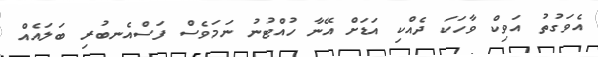
އެވަގުތު އަވިކް ވާހަކަ ދެއްކި އަޑަށް އޭނާ ހުއްޓުނު ނަމަވެސް ފަސްއެނބުރި ބަލައެއް